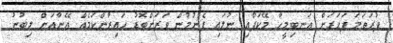
ފުރަތަމަ ފަހަރަށް އަނބިމީހާ މޭކަޕާއި ނުލައި ފެނުމުން ވަރަށްބޮޑު ހައިރާންކަމެއް އޭނާއަށް ލިބުނު